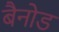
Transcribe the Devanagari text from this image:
बैनोड